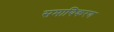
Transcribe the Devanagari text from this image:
समायिकरण